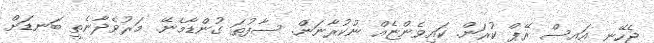
ޖެހޭނީ އައިސް ރޭޕް ކުރަން. ކައިވެންޏެއް ނުކުރާނަން. ސާފުތަ ގުންޑާމެނޭ. މަރުވެދާނެތީ ބަނޑަށް